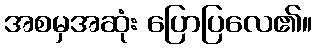
အစမှအဆုံး ပြောပြလေ၏။